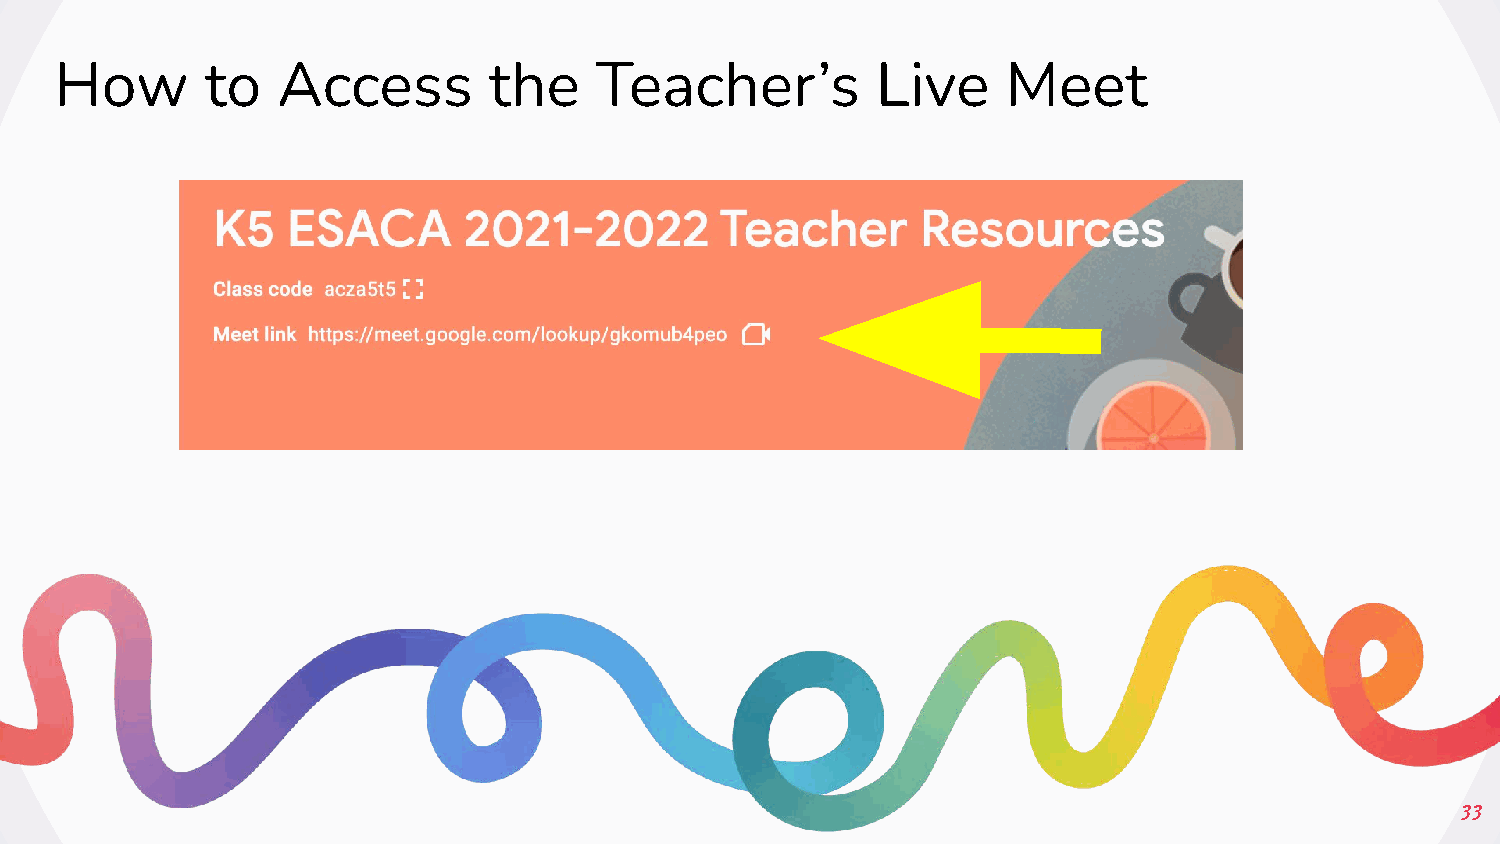
How       to  Access        the    Teacher’s          Live     Meet
 33